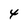
Character: 4